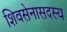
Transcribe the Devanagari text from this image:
शिवसेनासदस्य